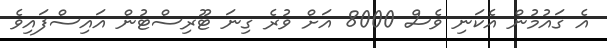
އެ ގައުމުން އެކަނި ވެސް 8000 އަށް ވުރެ ގިނަ ޓޫރިސްޓުން އައިސްފައިވެ